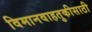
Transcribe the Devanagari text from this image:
विमानवाहतुकीसाठी